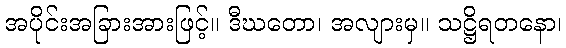
အပိုင်းအခြားအားဖြင့်။ ဒီဃတော၊ အလျားမှ။ သဋ္ဌိရတနော၊